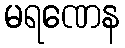
မရဏေန